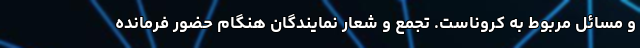
و مسائل مربوط به کروناست. تجمع و شعار نمایندگان هنگام حضور فرمانده